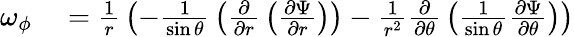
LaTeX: \begin{array}{rl}{\omega_{\phi}}&{{}={\frac{1}{r}}\left(-{\frac{1}{\sin\theta}}\left({\frac{\partial}{\partial r}}\left({\frac{\partial\Psi}{\partial r}}\right)\right)-{\frac{1}{r^{2}}}{\frac{\partial}{\partial\theta}}\left({\frac{1}{\sin\theta}}{\frac{\partial\Psi}{\partial\theta}}\right)\right)}\end{array}